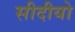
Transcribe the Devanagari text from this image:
सीदीयो